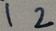
1 2